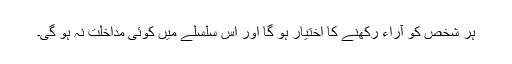
ہر شخص کو آراء رکھنے کا اختیار ہو گا اور اس سلسلے میں کوئی مداخلت نہ ہو گی۔